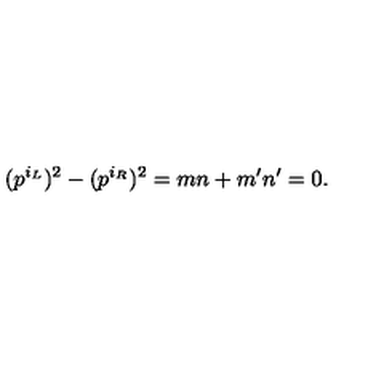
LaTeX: ( p ^ { i _ { L } } ) ^ { 2 } - ( p ^ { i _ { R } } ) ^ { 2 } = m n + m ^ { \prime } n ^ { \prime } = 0 .